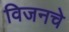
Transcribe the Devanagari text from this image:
विजनचे